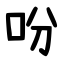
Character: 吩